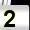
Digit: 2